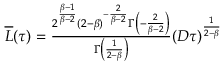
\begin{array} { r } { \overline { { L } } ( \tau ) = \frac { 2 ^ { \frac { \beta - 1 } { \beta - 2 } } ( 2 - \beta ) ^ { - \frac { 2 } { \beta - 2 } } \Gamma \left( - \frac { 2 } { \beta - 2 } \right) } { \Gamma \left( \frac { 1 } { 2 - \beta } \right) } ( D \tau ) ^ { \frac { 1 } { 2 - \beta } } } \end{array}